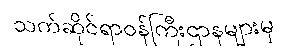
သက်ဆိုင်ရာဝန်ကြီးဌာနများမှ